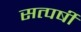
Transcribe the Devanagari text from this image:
सत्पर्षी